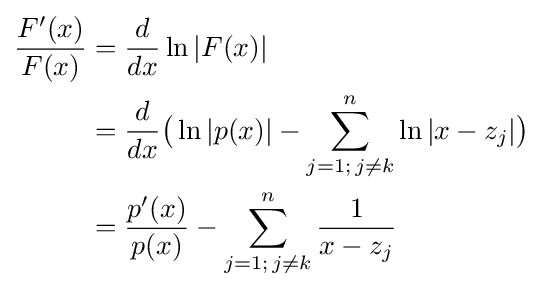
{\begin{aligned}{\frac {F'(x)}{F(x)}}&={\frac {d}{dx}}\ln |F(x)|\\&={\frac {d}{dx}}{\big (}\ln |p(x)|-\sum _{j=1;\,j\neq k}^{n}\ln |x-z_{j}|{\big )}\\&={\frac {p'(x)}{p(x)}}-\sum _{j=1;\,j\neq k}^{n}{\frac {1}{x-z_{j}}}\end{aligned}}